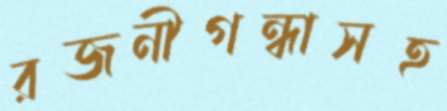
রজনীগন্ধাসহ